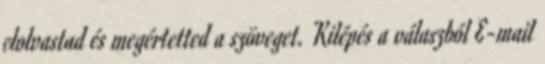
elolvastad és megértetted a szöveget. Kilépés a válaszból E-mail